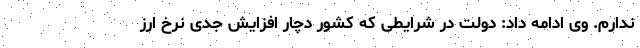
ندارم. وی ادامه داد: دولت در شرایطی که کشور دچار افزایش جدی نرخ ارز